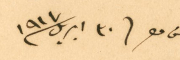
عن مصر ٣٠ ابريل  ١٩١٧